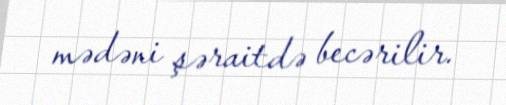
mədəni şəraitdə becərilir.